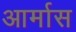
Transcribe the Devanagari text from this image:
आर्मास